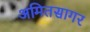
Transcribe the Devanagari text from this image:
अमितसागर